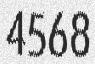
4568